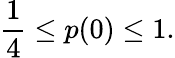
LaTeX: \frac{1}{4}\leq p(0)\leq 1.